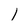
Character: 1